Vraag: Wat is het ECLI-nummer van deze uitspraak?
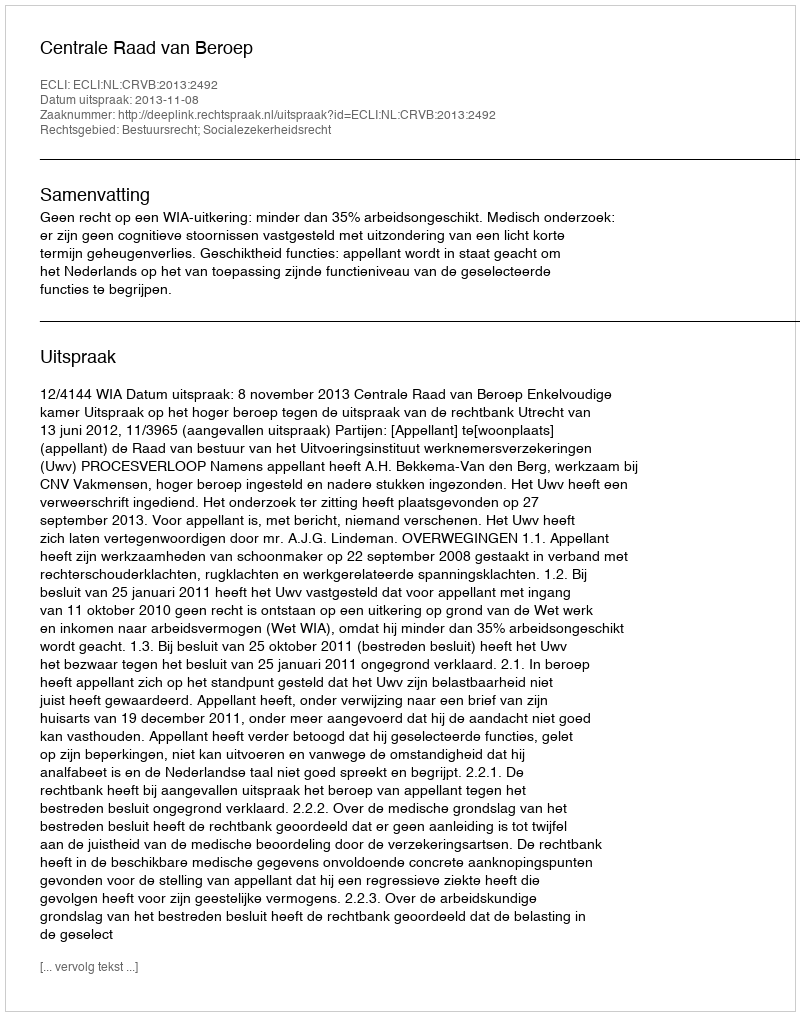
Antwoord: ECLI:NL:CRVB:2013:2492